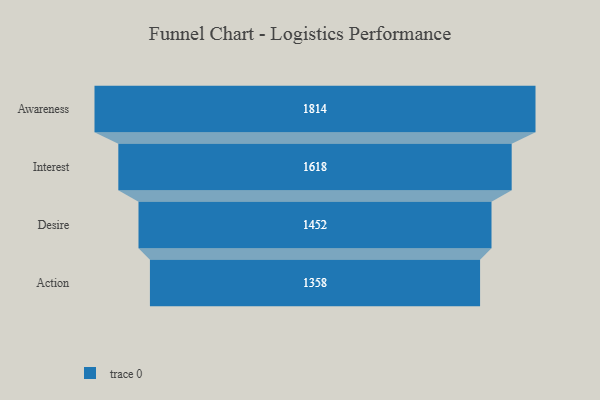
{"axis": {"x": "Stage", "y": "Value"}, "legend": [""], "data": [{"x": "Awareness", "y": 1814.0, "type": ""}, {"x": "Interest", "y": 1618.0, "type": ""}, {"x": "Desire", "y": 1452.0, "type": ""}, {"x": "Action", "y": 1358.0, "type": ""}]}